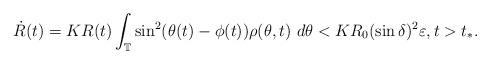
LaTeX: \begin{align*} {\dot R}(t) = KR(t) \int_{\mathbb T} \sin^2 (\theta(t) - \phi(t)) \rho(\theta, t) ~ d\theta < K R_0 (\sin \delta)^2 \varepsilon, t > t_*.\end{align*}